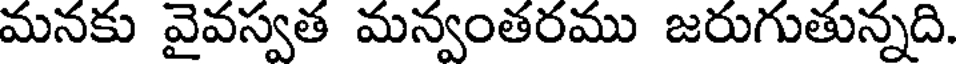
మనకు వైవస్వత మన్వంతరము జరుగుతున్నది.